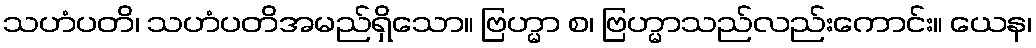
သဟံပတိ၊ သဟံပတိအမည်ရှိသော။ ဗြဟ္မာ စ၊ ဗြဟ္မာသည်လည်းကောင်း။ ယေန၊